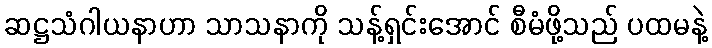
ဆဋ္ဌသံဂါယနာဟာ သာသနာကို သန့်ရှင်းအောင် စီမံဖို့သည် ပထမနဲ့